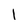
Character: l